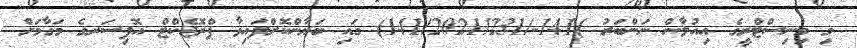
މި މިނިސްޓްރީގެ އިއުލާން ނަންބަރު )141-/141/2021/231) ގައި ބަޔާންކޮށްފައިވާ ޕްރޮޖެކްޓް އޮފިސަރގެ މަގާމަށް